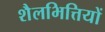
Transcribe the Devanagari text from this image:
शैलभित्तियों